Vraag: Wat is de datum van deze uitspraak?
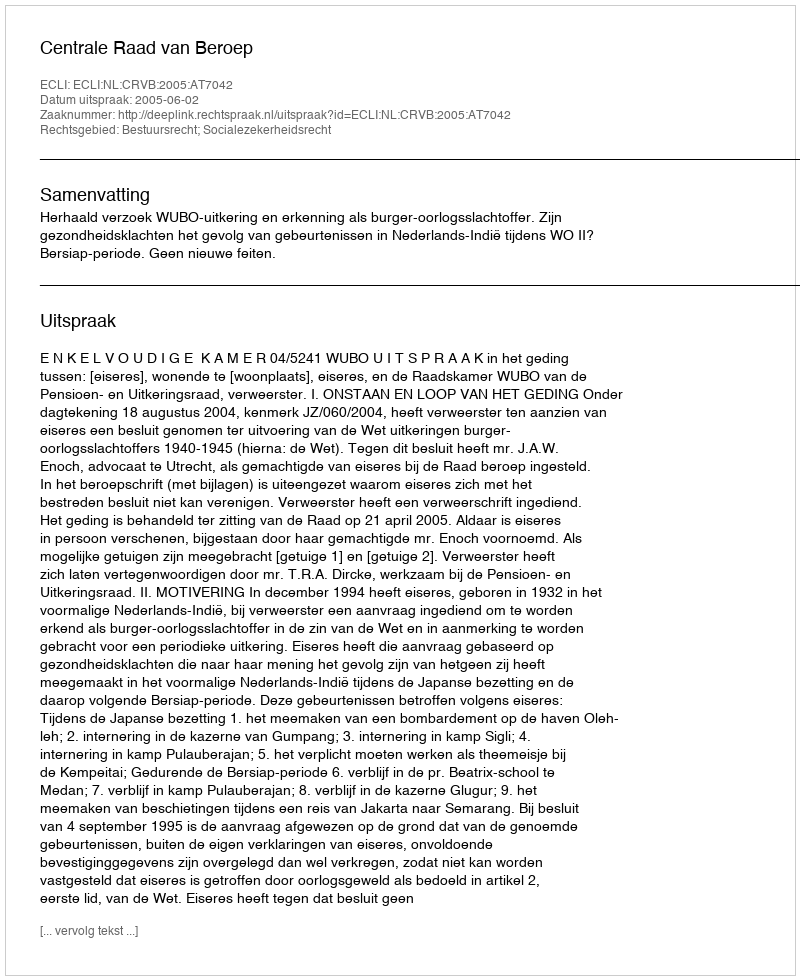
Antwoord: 2005-06-02